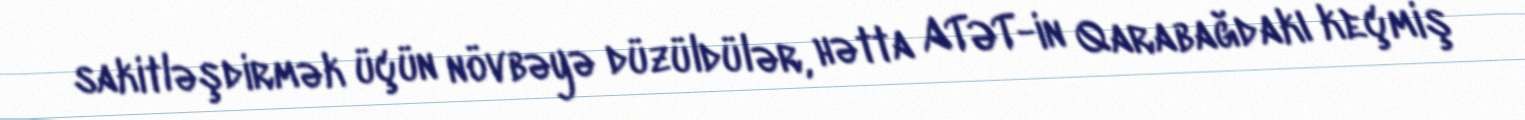
sakitləşdirmək üçün növbəyə düzüldülər, hətta ATƏT-in Qarabağdakı keçmiş